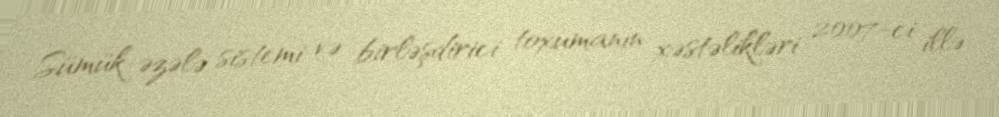
Sümük-əzələ sistemi və birləşdirici toxumanın xəstəlikləri 2007-ci illə